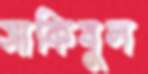
সাকিবুল